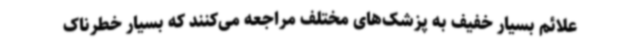
علائم بسیار خفیف به پزشک‌های مختلف مراجعه می‌کنند که بسیار خطرناک